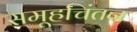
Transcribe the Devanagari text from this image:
समूहचिंतन